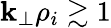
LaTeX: \mathbf{k}_{\perp}\rho_{i}\gtrsim1